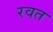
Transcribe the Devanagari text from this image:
रवत